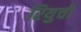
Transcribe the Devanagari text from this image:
रियुची